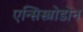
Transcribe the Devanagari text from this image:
एन्सिस्त्रोडोन